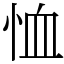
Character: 恤